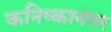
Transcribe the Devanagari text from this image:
कनिष्कानंतर